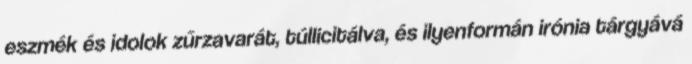
eszmék és idolok zűrzavarát, túllicitálva, és ilyenformán irónia tárgyává